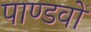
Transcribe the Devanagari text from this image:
पाण्डवाें